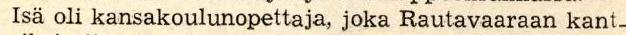
 Isä oli kansakoulunopettaja, joka Rautavaaraan kant-